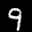
Label: 9